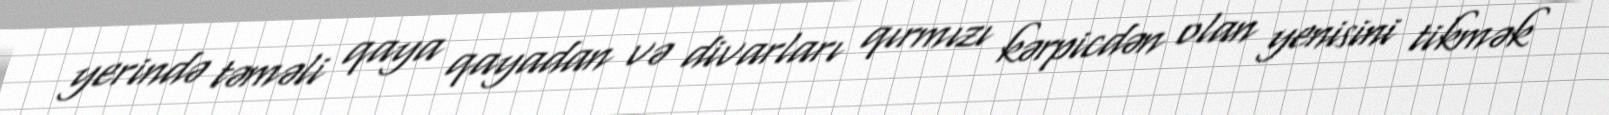
yerində təməli qaya qayadan və divarları qırmızı kərpicdən olan yenisini tikmək